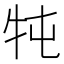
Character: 𤘫